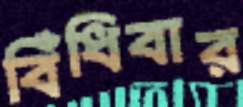
বিঁধিবার